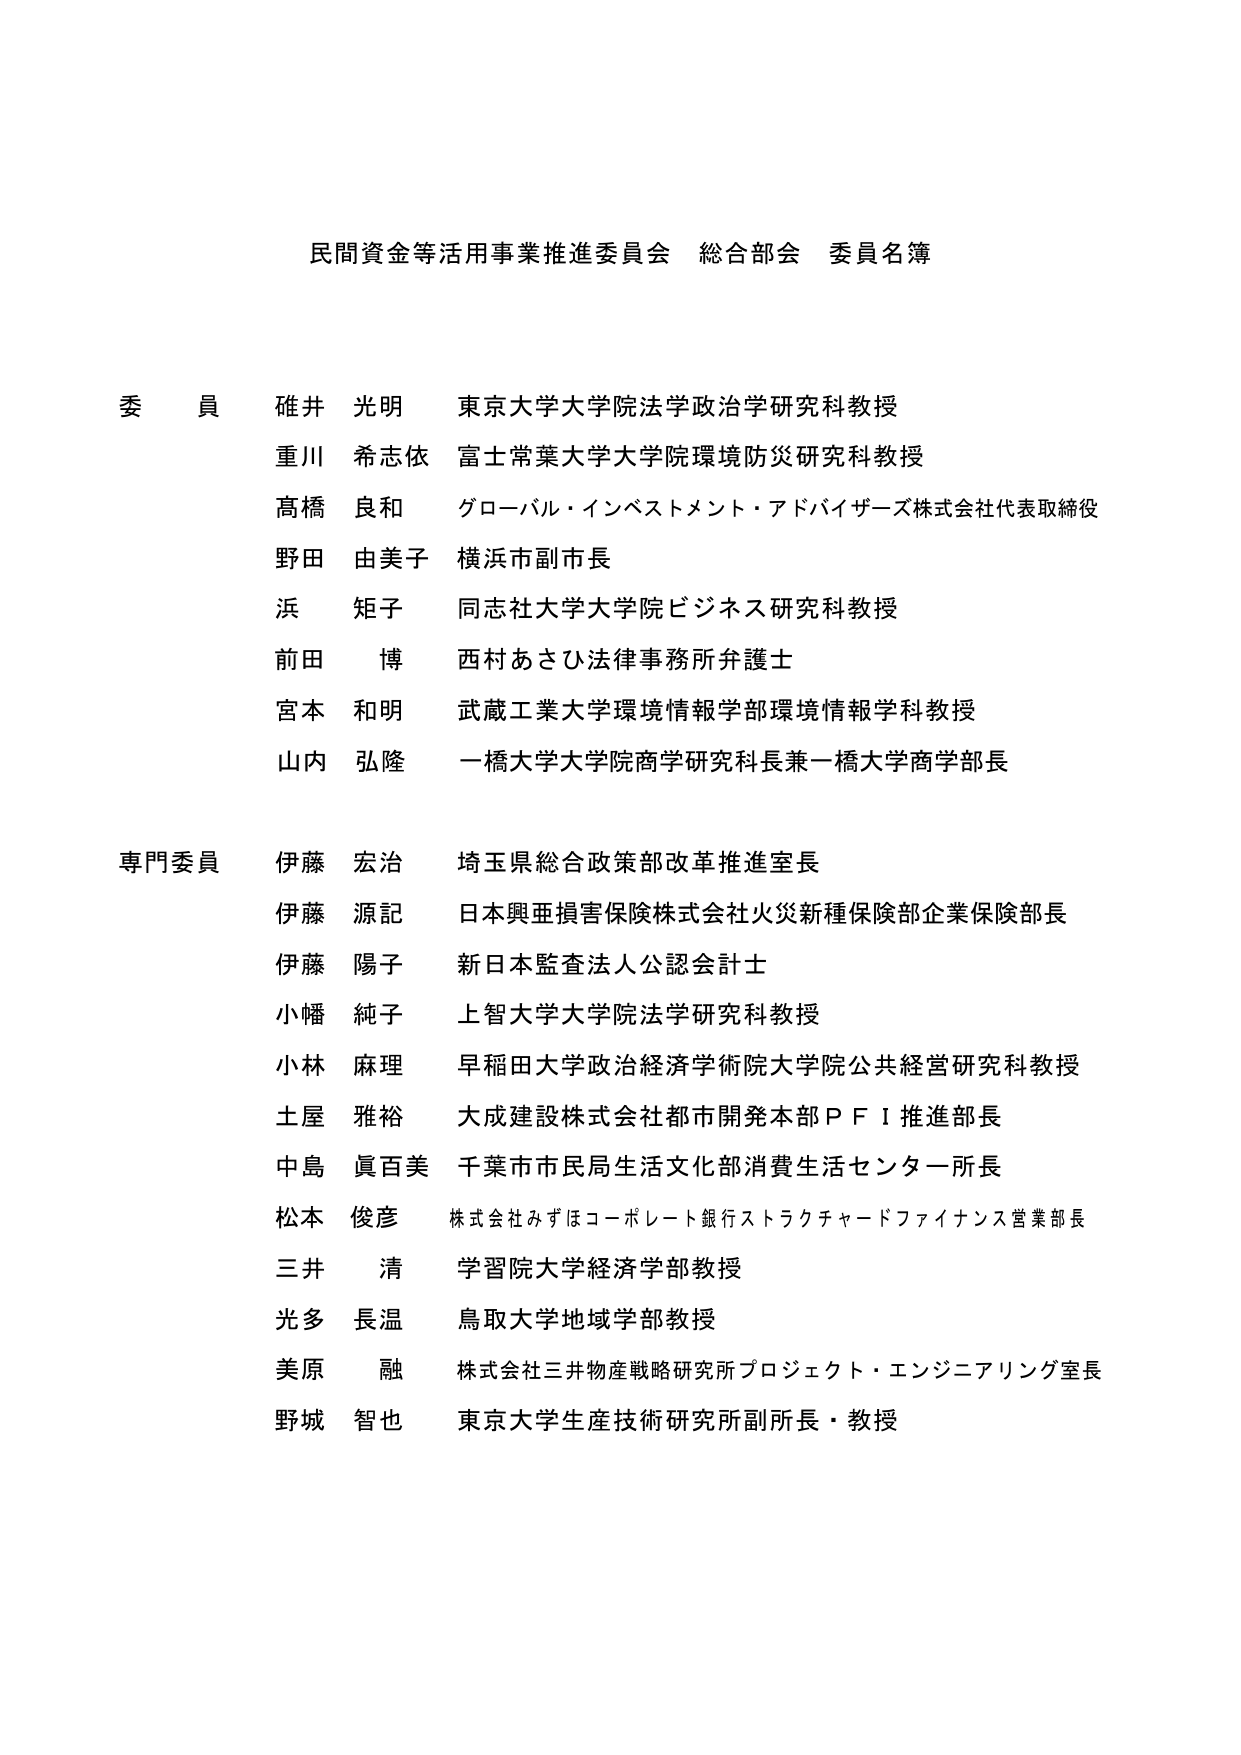
民間資金等活用事業推進委員会 総合部会 委員名簿

委員
碓井 光明 東京大学大学院法学政治学研究科教授
重川 希志依 富士常葉大学大学院環境防災研究科教授
高橋 良和 グローバル・インベストメント・アドバイザーズ株式会社代表取締役
野田 由美子 横浜市副市長
浜 矩子 同志社大学大学院ビジネス研究科教授
前田 博 西村あさひ法律事務所弁護士
宮本 和明 武蔵工業大学環境情報学部環境情報学科教授
山内 弘隆 一橋大学大学院商学研究科長兼一橋大学商学部長

専門委員
伊藤 宏治 埼玉県総合政策部改革推進室長
伊藤 源記 日本興亜損害保険株式会社火災新種保険部企業保険部長
伊藤 陽子 新日本監査法人公認会計士
小幡 純子 上智大学大学院法学研究科教授
小林 麻理 早稲田大学政治経済学術院大学院公共経営研究科教授
土屋 雅裕 大成建設株式会社都市開発本部ＰＦＩ推進部長
中島 眞百美 千葉市市民局生活文化部消費生活センター所長
松本 俊彦 株式会社みずほコーポレート銀行ストラクチャードファイナンス営業部長
三井 清 学習院大学経済学部教授
光多 長温 鳥取大学地域学部教授
美原 融 株式会社三井物産戦略研究所プロジェクト・エンジニアリング室長
野城 智也 東京大学生産技術研究所副所長・教授